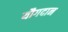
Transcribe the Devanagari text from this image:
यौगदान